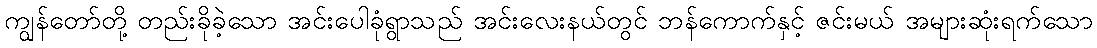
ကျွန်တော်တို့ တည်းခိုခဲ့သော အင်းပေါခုံရွာသည် အင်းလေးနယ်တွင် ဘန်ကောက်နှင့် ဇင်းမယ် အများဆုံးရက်သော